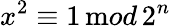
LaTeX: x^{2}\equiv 1\, {\mathrm mod}\, 2^{n}